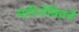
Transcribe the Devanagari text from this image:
मारिनोविचचे